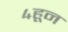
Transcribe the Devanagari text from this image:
४हून